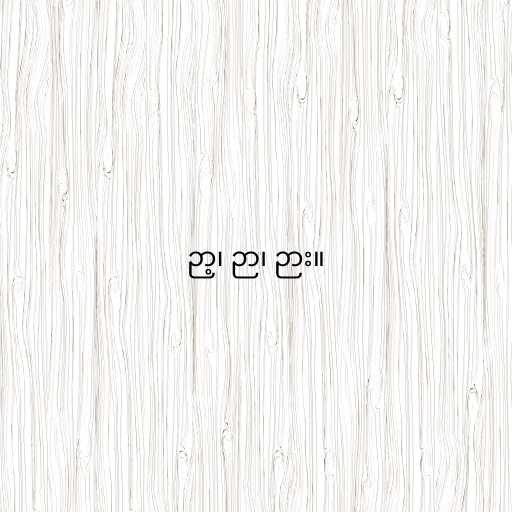
ဉာ့၊ ဉာ၊ ဉား။